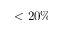
< 2 0 \%